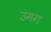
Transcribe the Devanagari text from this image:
उंमग